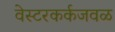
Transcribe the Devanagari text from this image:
वेस्टरकर्कजवळ